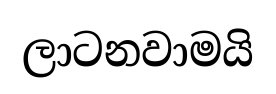
ලාටනවාමයි